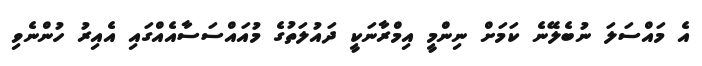
އެ މައްސަލަ ނުބެލޭނެ ކަމަށް ނިންމީ އިމްރާނަކީ ދައުލަތުގެ މުއައްސަސާއެއްގައި އެއިރު ހުންނެވި